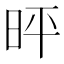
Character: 𪰓